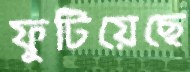
ফুটিয়েছে